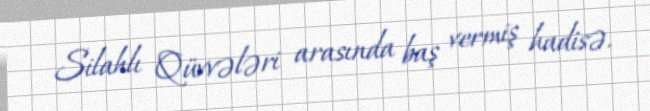
Silahlı Qüvvələri arasında baş vermiş hadisə.